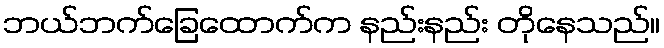
ဘယ်ဘက်ခြေထောက်က နည်းနည်း တိုနေသည်။